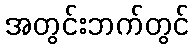
အတွင်းဘက်တွင်